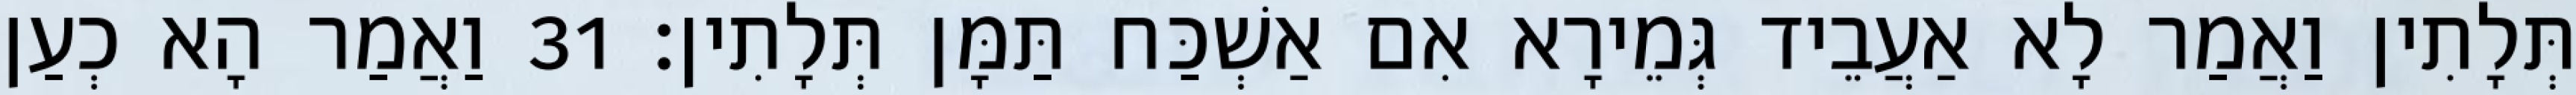
תְּלָתִין וַאֲמַר לָא אַעֲבֵיד גְּמֵירָא אִם אַשְׁכַּח תַּמָּן תְּלָתִין׃ 31 וַאֲמַר הָא כְעַן